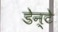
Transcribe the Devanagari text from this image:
डेन्टे